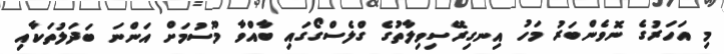
މި އަހަރުގެ ނޮވެންބަރު މަހު އިނގިރޭސިވިލާތުގެ ގްލެސްގޯގައި ބާއްވާ މޫސުމަށް އަންނަ ބަދަލުތަކާއި